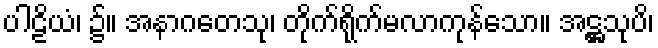
ပါဠိယံ၊ ၌။ အနာဂတေသု၊ တိုက်ရိုက်မလာကုန်သော။ အဋ္ဌသုပိ၊